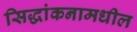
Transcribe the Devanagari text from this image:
सिद्धांकनामधील